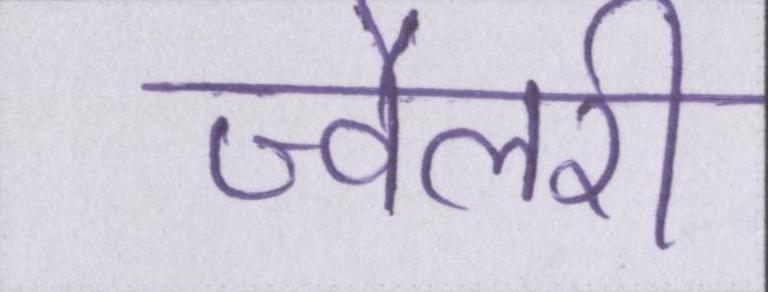
ज्वैलरी